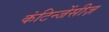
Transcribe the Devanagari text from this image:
कंटिन्जेंसीज़